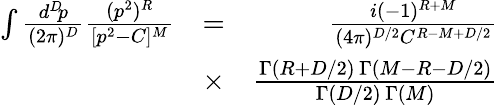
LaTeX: \begin{array}{rlr}{\int{\frac{d^{D}\! p}{(2\pi)^{D}}}{\frac{(p^{2})^{R}}{[p^{2}-C]^{M}}}}&{=}&{{\frac{i(-1)^{R+M}}{(4\pi)^{D/2}C^{R-M+D/2}}}}\\ &{\times}&{{\frac{\Gamma(R+D/2)\, \Gamma(M-R-D/2)}{\Gamma(D/2)\, \Gamma(M)}}}\end{array}